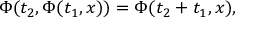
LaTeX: \Phi ( t _ { 2 } , \Phi ( t _ { 1 } , x ) ) = \Phi ( t _ { 2 } + t _ { 1 } , x ) ,